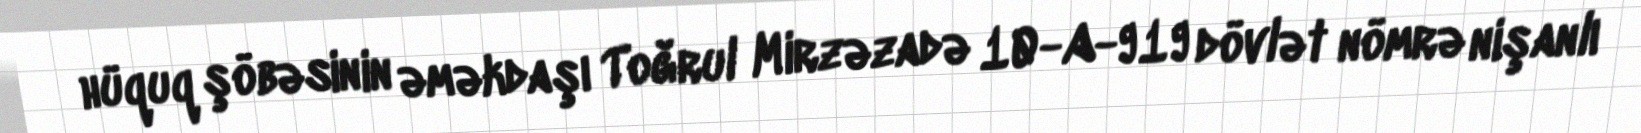
hüquq şöbəsinin əməkdaşı Toğrul Mirzəzadə 10-A-919 dövlət nömrə nişanlı